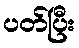
ပတ်ပြီး